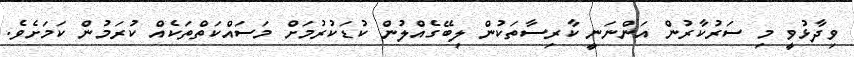
ވިދާޅުވީ މި ސަރުކާރުން އަންނަނީ ކާރިސާތަކުން ލިބޭގެއްލުން ކުޑަކުރުމަށް މަސައްކަތްތަކެއް ކުރަމުން ކަމަށެވެ.